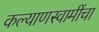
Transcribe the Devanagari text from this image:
कल्याणस्वामींचा